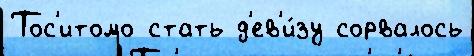
Тос'итомо стать д'ев'и́зу сорвалось